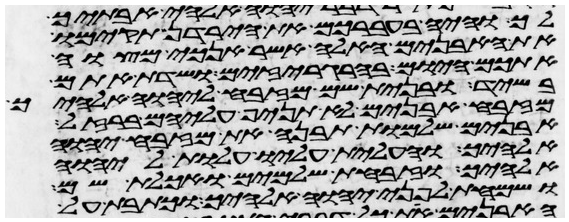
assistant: לך והיה בעברכם את הירדן תקימו
את האבנים האלה אשר אנכי מצוה
אתכם היום בהרגריזים ושדת אתם
בשיד ובנית שם מזבח ליהוה אלהיך
מזבח אבנים לא תניף עליהם ברזל
אבנים שלמות תבנה את מזבח יהוה
אלהיך והעלית עליו עלות ליהוה
אלהיך וזבחת שלמים ואכלת שם
ושמחת לפני יהוה אלהיך וכתבת על